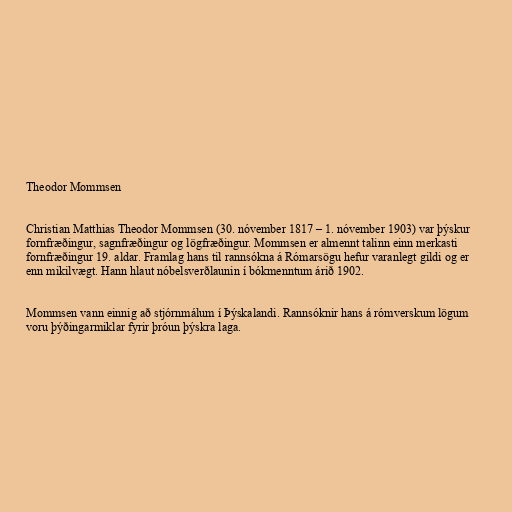
Theodor Mommsen

Christian Matthias Theodor Mommsen (30. nóvember 1817 – 1. nóvember 1903) var þýskur
fornfræðingur, sagnfræðingur og lögfræðingur. Mommsen er almennt talinn einn merkasti
fornfræðingur 19. aldar. Framlag hans til rannsókna á Rómarsögu hefur varanlegt gildi og er
enn mikilvægt. Hann hlaut nóbelsverðlaunin í bókmenntum árið 1902.

Mommsen vann einnig að stjórnmálum í Þýskalandi. Rannsóknir hans á rómverskum lögum
voru þýðingarmiklar fyrir þróun þýskra laga.